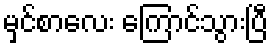
မှင်စာလေး ကြောင်သွားပြီ